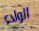
الولاء